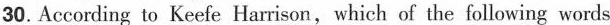
30.According to Keefe Harrison,which of the following words